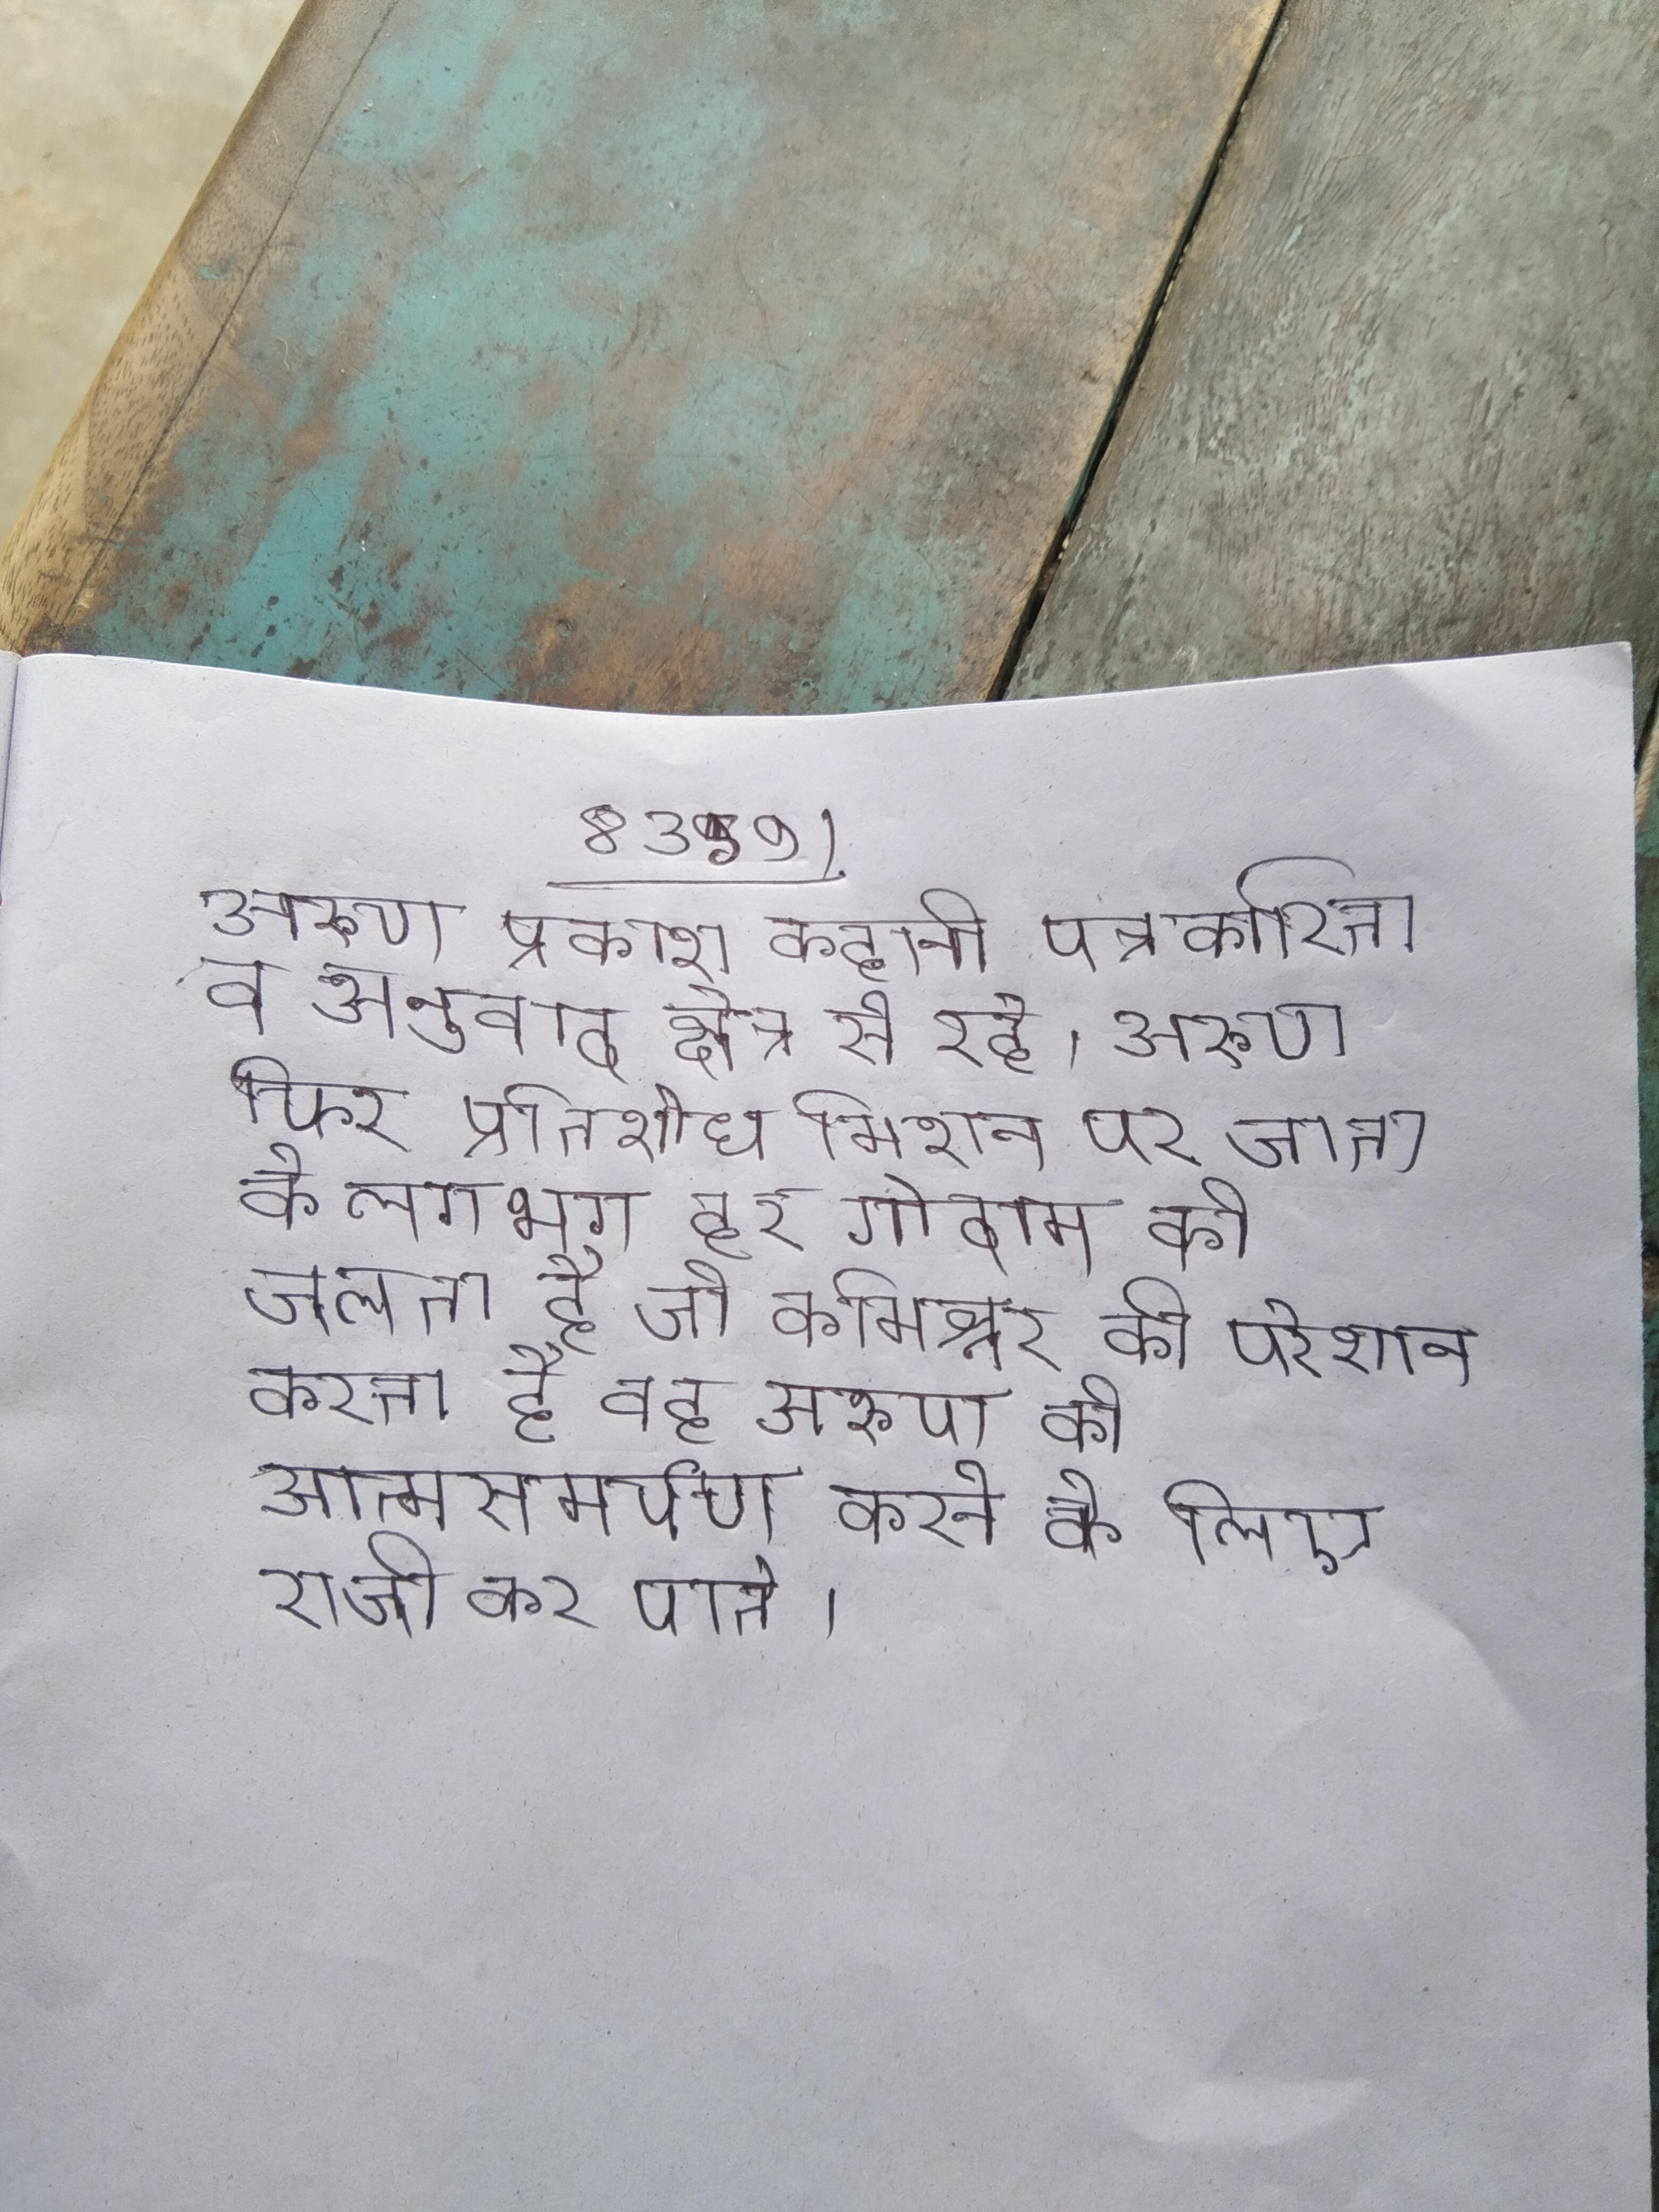
अरुण प्रकाश कहानी, पत्रकारिता व अनुवाद क्षेत्र से रहे । अरुण फिर प्रतिशोध मिशन पर जाता है और मामा ठाकुर के लगभग हर गोदाम को जलता है, जो कमिश्नर को परेशान करता है वह अरुण को आत्मसमर्पण करने के लिए राजी कर पाते ।